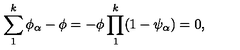
\sum _ { 1 } ^ { k } \phi _ { \alpha } - \phi = - \phi \prod _ { 1 } ^ { k } ( 1 - \psi _ { \alpha } ) = 0 ,